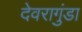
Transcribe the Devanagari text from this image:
देवरागुंडा